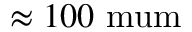
\approx 1 0 0 \mathrm { \ m u m }